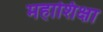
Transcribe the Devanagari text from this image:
महाशिक्षा